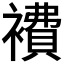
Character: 𧝇